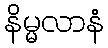
နိမ္မလာနံ